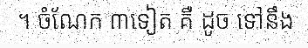
។ ចំណែក ៣ទៀត គឺ ដូច ទៅនឹង